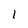
Character: 1